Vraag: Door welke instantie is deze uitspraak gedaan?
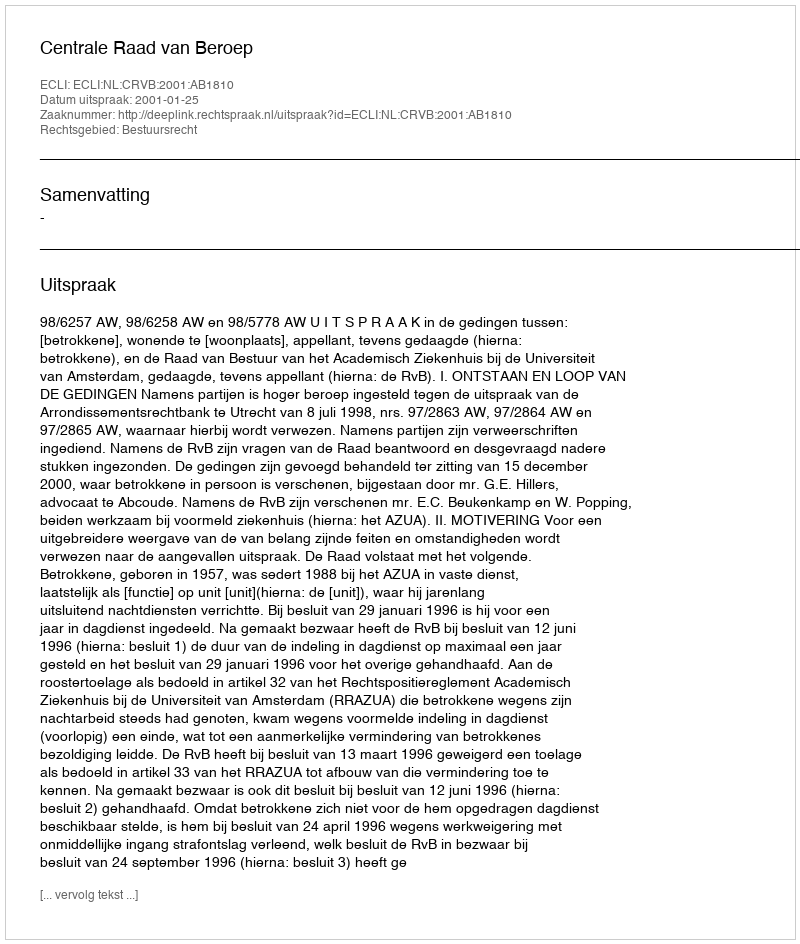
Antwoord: Centrale Raad van Beroep